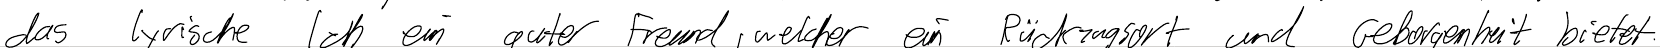
das lyrische Ich ein guter Freund, welcher ein Rückzugsort und Geborgenheit bietet.